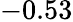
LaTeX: -0.53